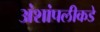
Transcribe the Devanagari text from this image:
अंशांपलीकडे